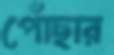
পোঁছার